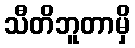
သီတိဘူတာမှိ